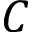
\boldsymbol { C }